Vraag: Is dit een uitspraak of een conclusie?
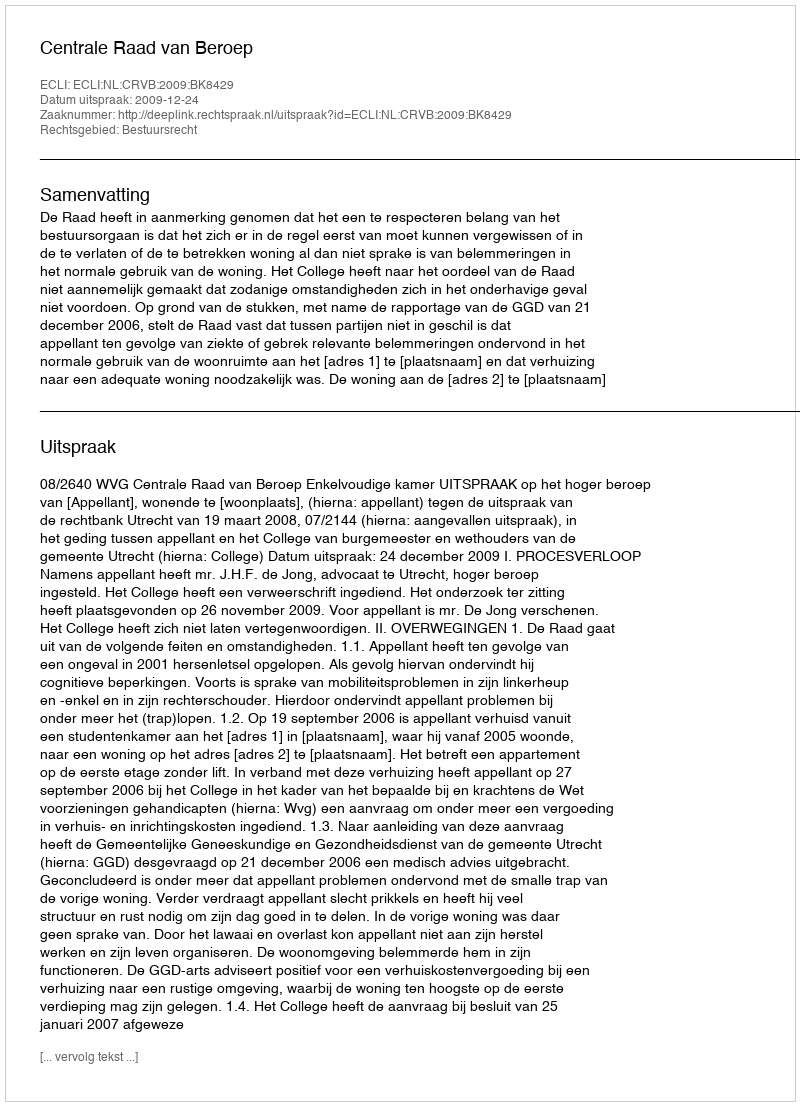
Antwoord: Uitspraak